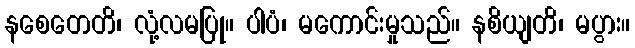
နစေတေတိ၊ လုံ့လမပြု။ ပါပံ၊ မကောင်းမှုသည်။ နစိယျတိ၊ မပွား။